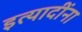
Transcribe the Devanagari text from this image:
इत्‍यादींना